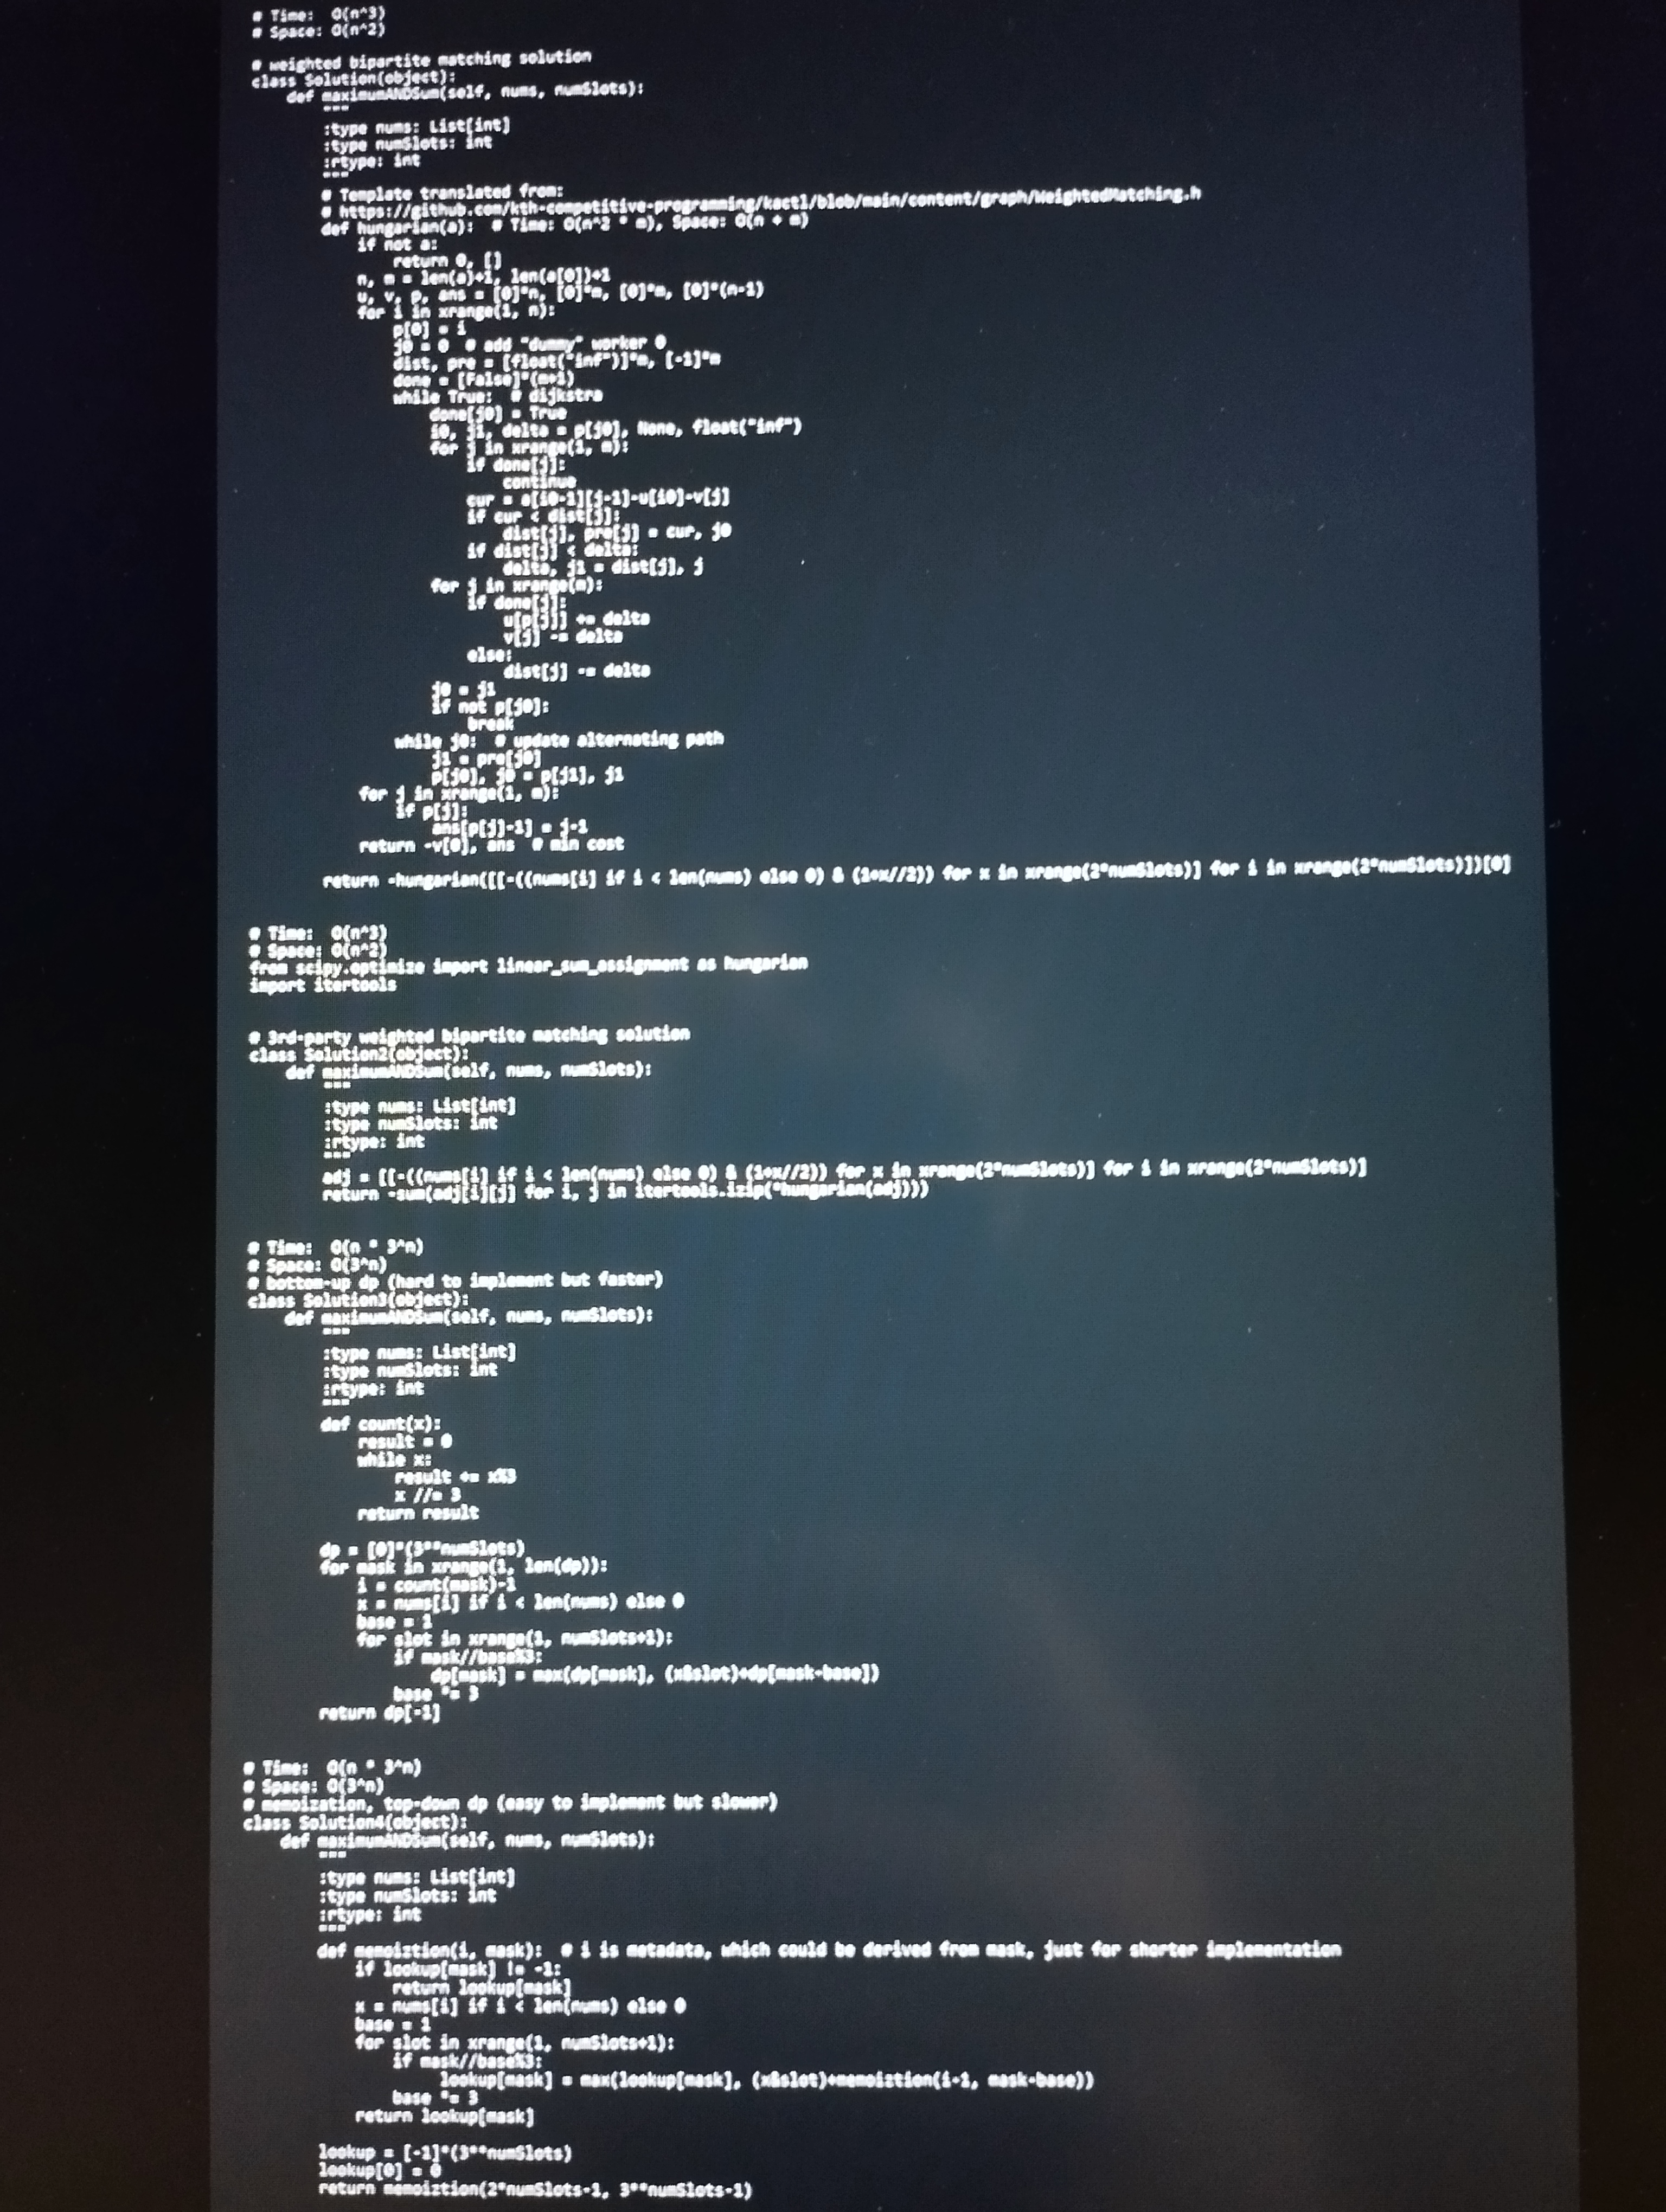
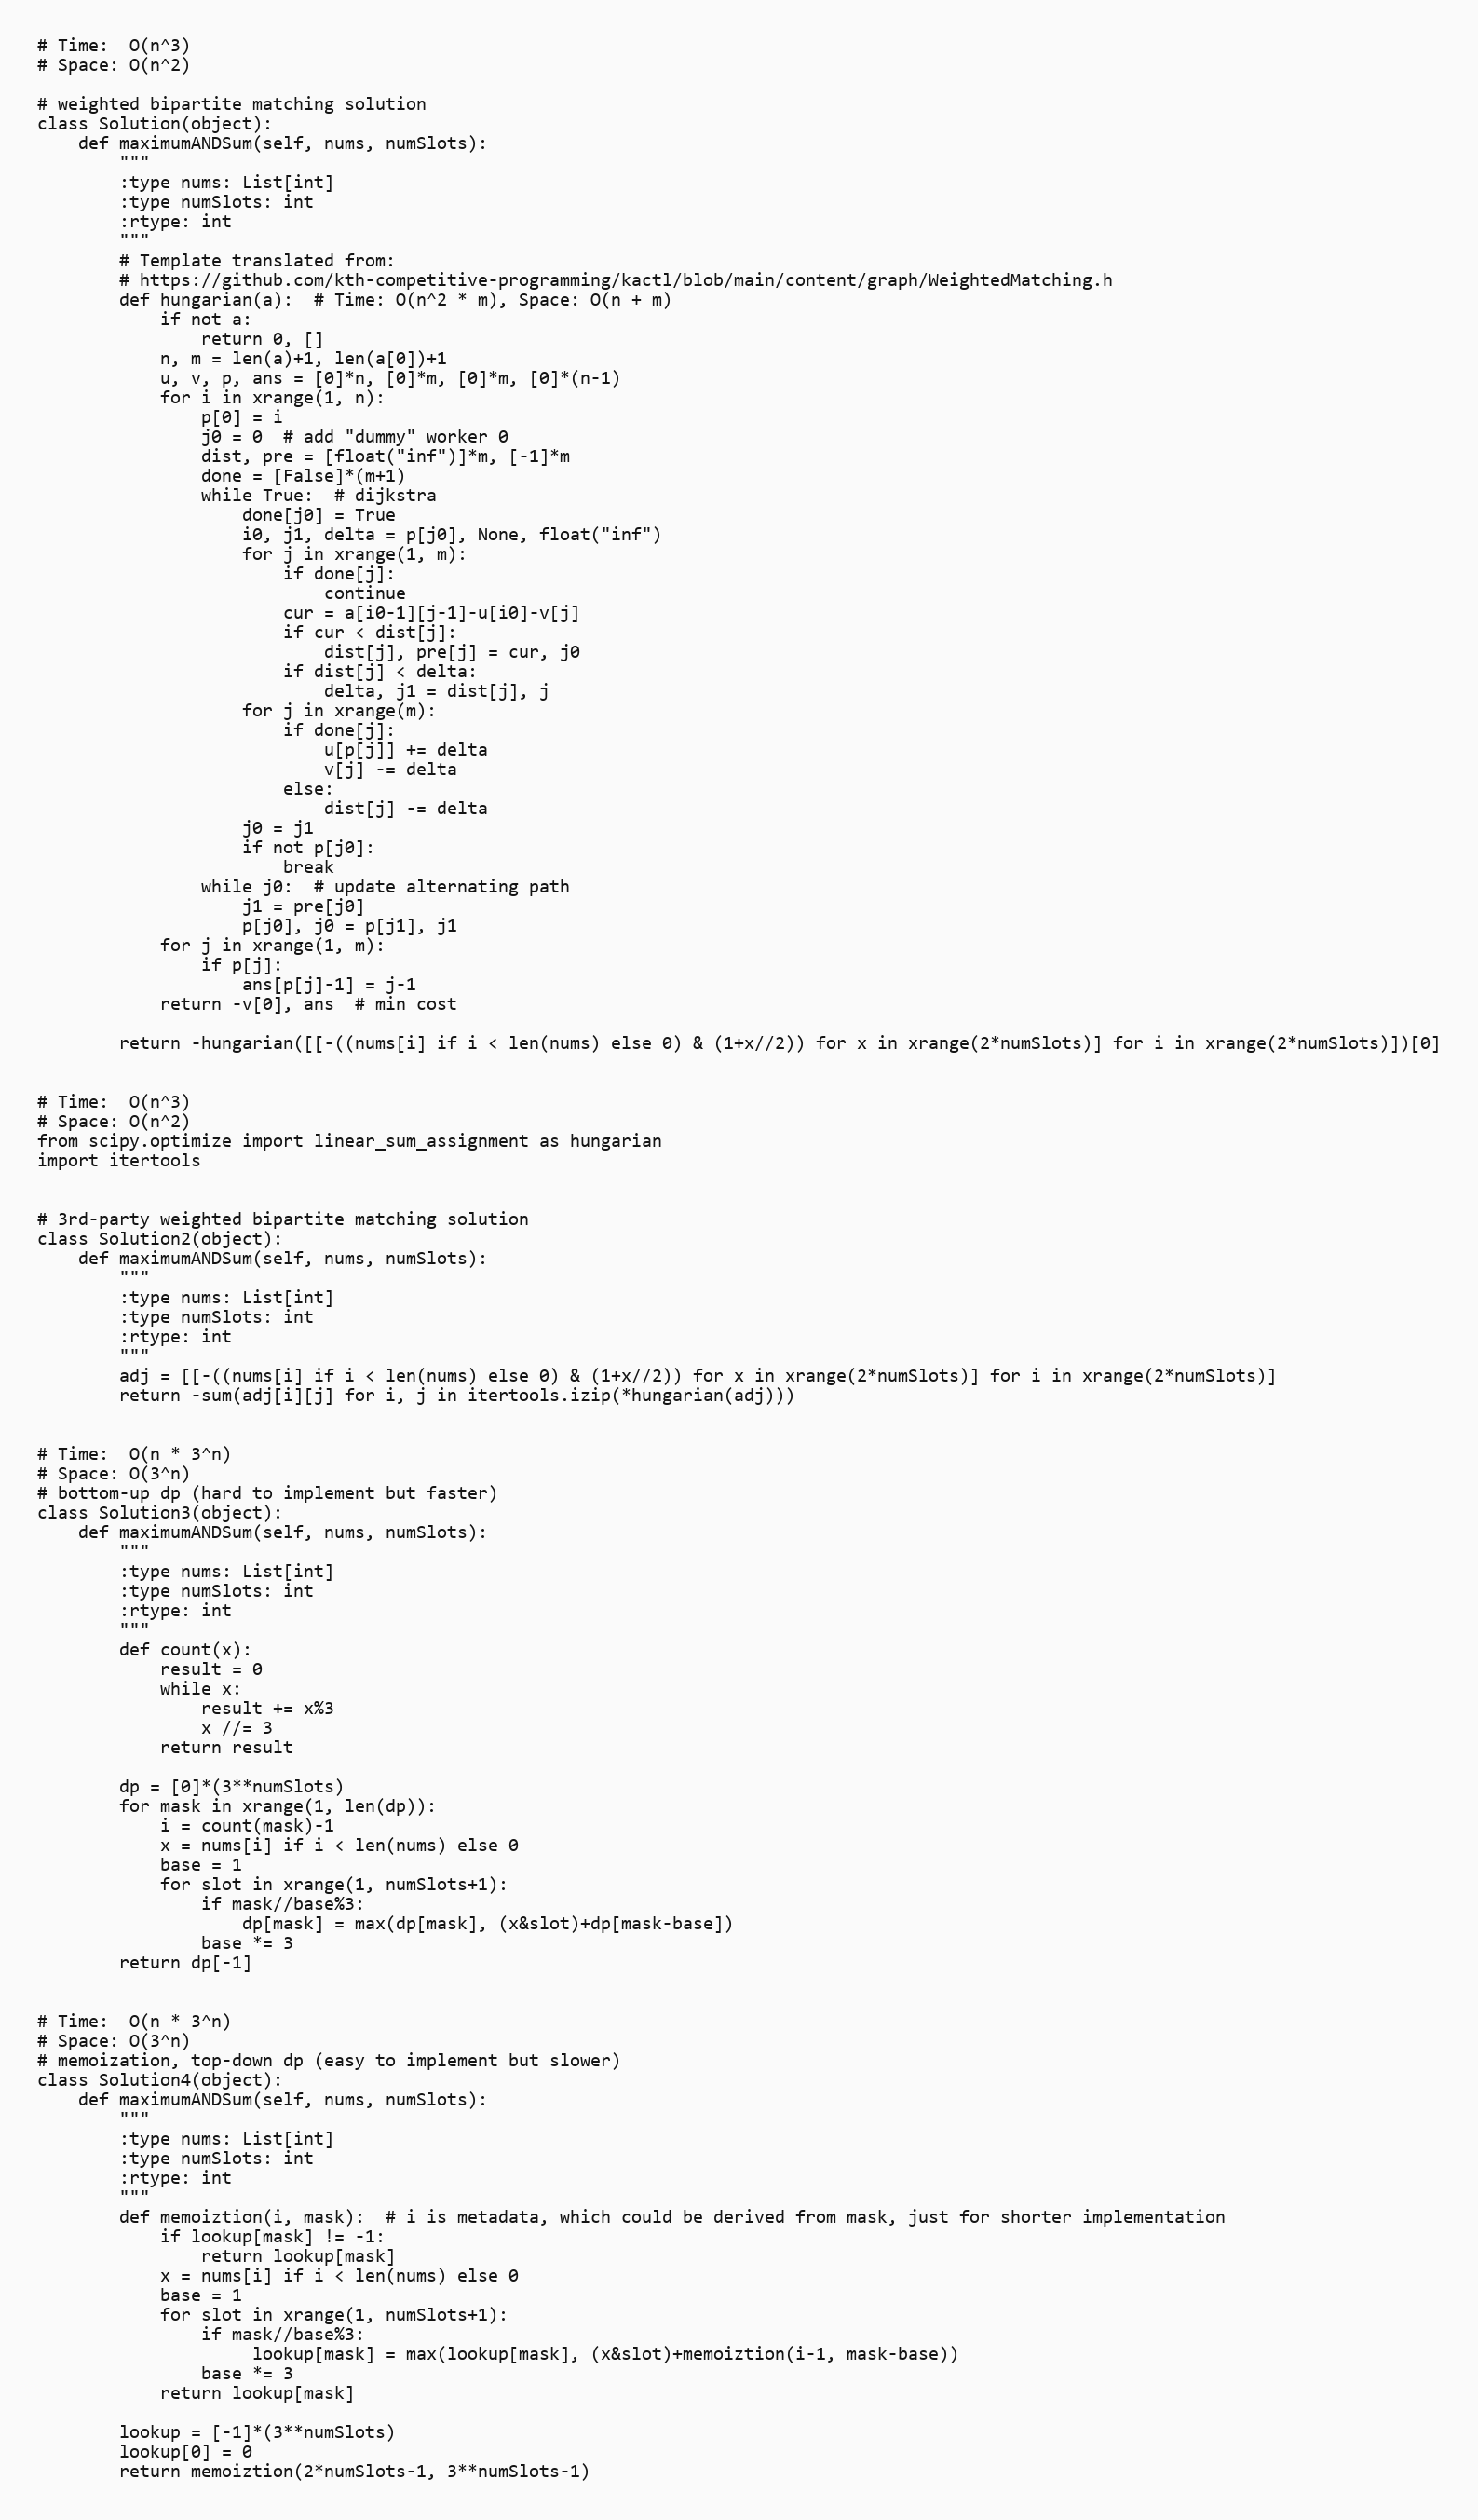
# Time:  O(n^3)
# Space: O(n^2)

# weighted bipartite matching solution
class Solution(object):
    def maximumANDSum(self, nums, numSlots):
        """
        :type nums: List[int]
        :type numSlots: int
        :rtype: int
        """
        # Template translated from:
        # https://github.com/kth-competitive-programming/kactl/blob/main/content/graph/WeightedMatching.h
        def hungarian(a):  # Time: O(n^2 * m), Space: O(n + m)
            if not a:
                return 0, []
            n, m = len(a)+1, len(a[0])+1
            u, v, p, ans = [0]*n, [0]*m, [0]*m, [0]*(n-1)
            for i in xrange(1, n):
                p[0] = i
                j0 = 0  # add "dummy" worker 0
                dist, pre = [float("inf")]*m, [-1]*m
                done = [False]*(m+1)
                while True:  # dijkstra
                    done[j0] = True
                    i0, j1, delta = p[j0], None, float("inf")
                    for j in xrange(1, m):
                        if done[j]:
                            continue
                        cur = a[i0-1][j-1]-u[i0]-v[j]
                        if cur < dist[j]:
                            dist[j], pre[j] = cur, j0
                        if dist[j] < delta:
                            delta, j1 = dist[j], j
                    for j in xrange(m):
                        if done[j]:
                            u[p[j]] += delta
                            v[j] -= delta
                        else:
                            dist[j] -= delta
                    j0 = j1
                    if not p[j0]:
                        break
                while j0:  # update alternating path
                    j1 = pre[j0]
                    p[j0], j0 = p[j1], j1
            for j in xrange(1, m):
                if p[j]:
                    ans[p[j]-1] = j-1
            return -v[0], ans  # min cost

        return -hungarian([[-((nums[i] if i < len(nums) else 0) & (1+x//2)) for x in xrange(2*numSlots)] for i in xrange(2*numSlots)])[0]

# Time:  O(n^3)
# Space: O(n^2)
from scipy.optimize import linear_sum_assignment as hungarian
import itertools

# 3rd-party weighted bipartite matching solution
class Solution2(object):
    def maximumANDSum(self, nums, numSlots):
        """
        :type nums: List[int]
        :type numSlots: int
        :rtype: int
        """
        adj = [[-((nums[i] if i < len(nums) else 0) & (1+x//2)) for x in xrange(2*numSlots)] for i in xrange(2*numSlots)]
        return -sum(adj[i][j] for i, j in itertools.izip(*hungarian(adj)))

# Time:  O(n * 3^n)
# Space: O(3^n)
# bottom-up dp (hard to implement but faster)
class Solution3(object):
    def maximumANDSum(self, nums, numSlots):
        """
        :type nums: List[int]
        :type numSlots: int
        :rtype: int
        """
        def count(x):
            result = 0
            while x:
                result += x%3
                x //= 3
            return result

        dp = [0]*(3**numSlots)
        for mask in xrange(1, len(dp)):
            i = count(mask)-1
            x = nums[i] if i < len(nums) else 0
            base = 1
            for slot in xrange(1, numSlots+1):
                if mask//base%3:
                    dp[mask] = max(dp[mask], (x&slot)+dp[mask-base])
                base *= 3
        return dp[-1]

# Time:  O(n * 3^n)
# Space: O(3^n)
# memoization, top-down dp (easy to implement but slower)
class Solution4(object):
    def maximumANDSum(self, nums, numSlots):
        """
        :type nums: List[int]
        :type numSlots: int
        :rtype: int
        """
        def memoiztion(i, mask):  # i is metadata, which could be derived from mask, just for shorter implementation
            if lookup[mask] != -1:
                return lookup[mask]
            x = nums[i] if i < len(nums) else 0
            base = 1
            for slot in xrange(1, numSlots+1):
                if mask//base%3:
                     lookup[mask] = max(lookup[mask], (x&slot)+memoiztion(i-1, mask-base))
                base *= 3
            return lookup[mask]

        lookup = [-1]*(3**numSlots)
        lookup[0] = 0
        return memoiztion(2*numSlots-1, 3**numSlots-1)